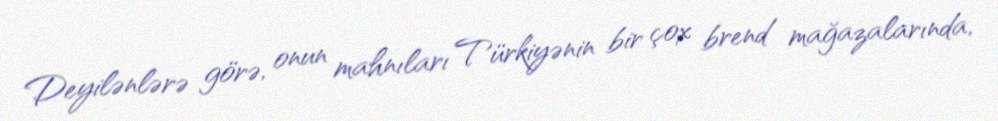
Deyilənlərə görə, onun mahnıları Türkiyənin bir çox brend mağazalarında,